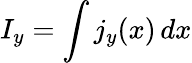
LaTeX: I_{y}=\int j_{y}(x)\, dx